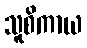
သူစိကာယ